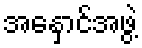
အနှောင်အဖွဲ့